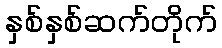
နှစ်နှစ်ဆက်တိုက်